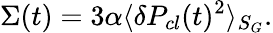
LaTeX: \Sigma(t)=3\alpha\langle\delta P_{cl}(t)^{2}\rangle_{S_{G}}.